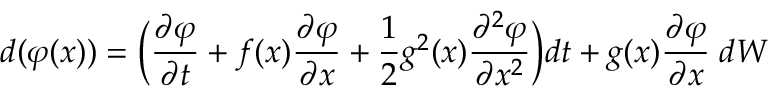
d ( \varphi ( x ) ) = \bigg ( \frac { \partial \varphi } { \partial t } + f ( x ) \frac { \partial \varphi } { \partial x } + \frac { 1 } { 2 } g ^ { 2 } ( x ) \frac { \partial ^ { 2 } \varphi } { \partial x ^ { 2 } } \bigg ) d t + g ( x ) \frac { \partial \varphi } { \partial x } \; d W